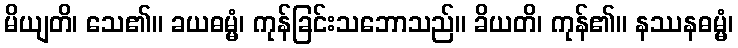
မိယျတိ၊ သေ၏။ ခယဓမ္မံ၊ ကုန်ခြင်းသဘောသည်။ ခိယတိ၊ ကုန်၏။ နဿနဓမ္မံ၊